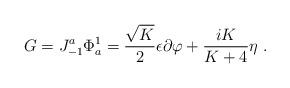
LaTeX: \begin{align*} G=J^a_{-1}\Phi^1_a= {\sqrt{K}\over2}\epsilon\partial\varphi +{{iK}\over{K+4}}\eta{}~.\end{align*}